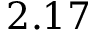
2 . 1 7